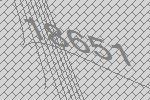
18651